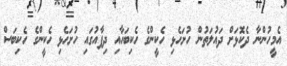
އެމީހުންނާ ދެކޮޅަށް ދައުލަތުން ހުށަހެޅި ހެކީންގެ ހެކިބަހާއި ދިފާއުގައި ހުށަހެޅި ހެކީންގެ ހެކިބަސް